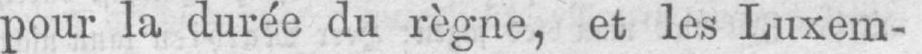
pour la durée du règne, et les Luxem-